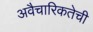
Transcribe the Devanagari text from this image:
अवैचारिकतेची